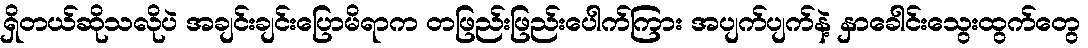
ရှိတယ်ဆိုသလိုပဲ အချင်းချင်းပြောမိရာက တဖြည်းဖြည်းပေါက်ကြား အပျက်ပျက်နဲ့ နှာခေါင်းသွေးထွက်တွေ